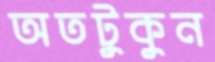
অতটুকুন